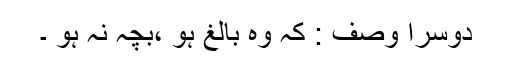
دوسرا وصف : کہ وہ بالغ ہو ،بچہ نہ ہو ۔